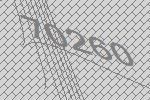
70260